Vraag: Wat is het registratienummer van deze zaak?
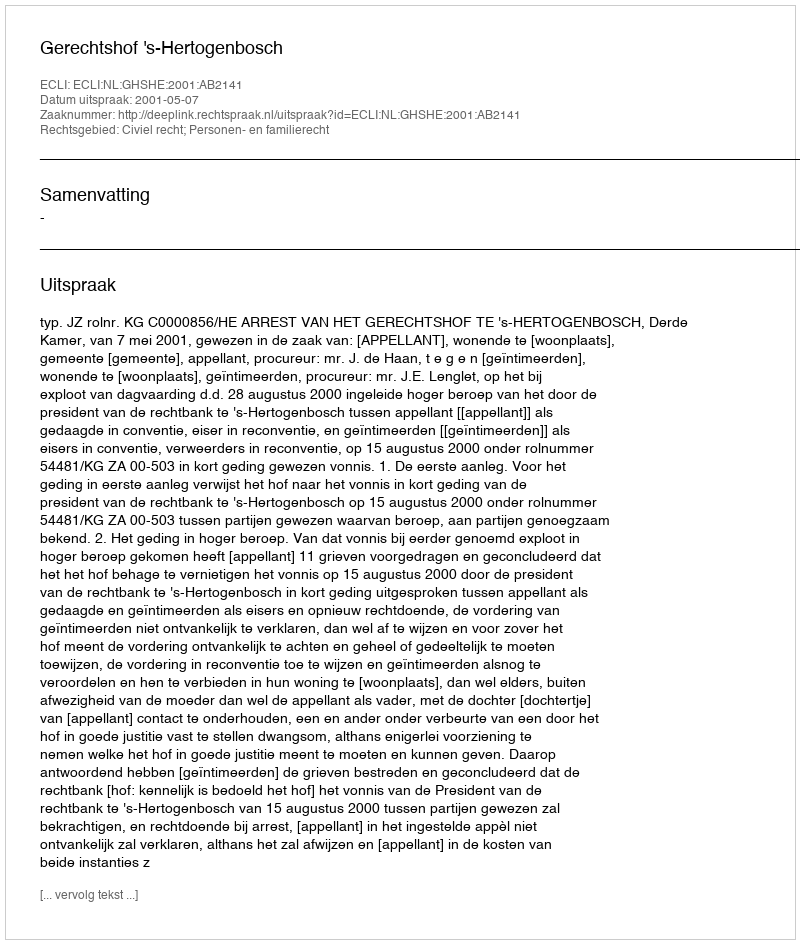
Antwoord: http://deeplink.rechtspraak.nl/uitspraak?id=ECLI:NL:GHSHE:2001:AB2141